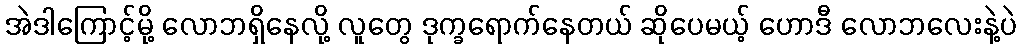
အဲဒါကြောင့်မို့ လောဘရှိနေလို့ လူတွေ ဒုက္ခရောက်နေတယ် ဆိုပေမယ့် ဟောဒီ လောဘလေးနဲ့ပဲ